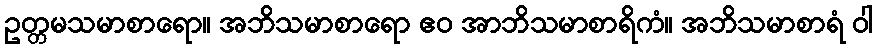
ဥတ္တမသမာစာရော။ အဘိသမာစာရော ဧဝ အာဘိသမာစာရိကံ။ အဘိသမာစာရံ ဝါ